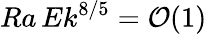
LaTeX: Ra\, Ek^{8/5}=\mathcal{O}(1)